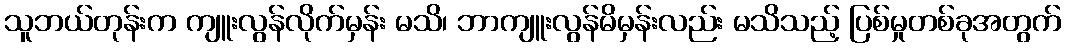
သူဘယ်တုန်းက ကျူးလွန်လိုက်မှန်း မသိ၊ ဘာကျူးလွန်မိမှန်းလည်း မသိသည့် ပြစ်မှုတစ်ခုအတွက်